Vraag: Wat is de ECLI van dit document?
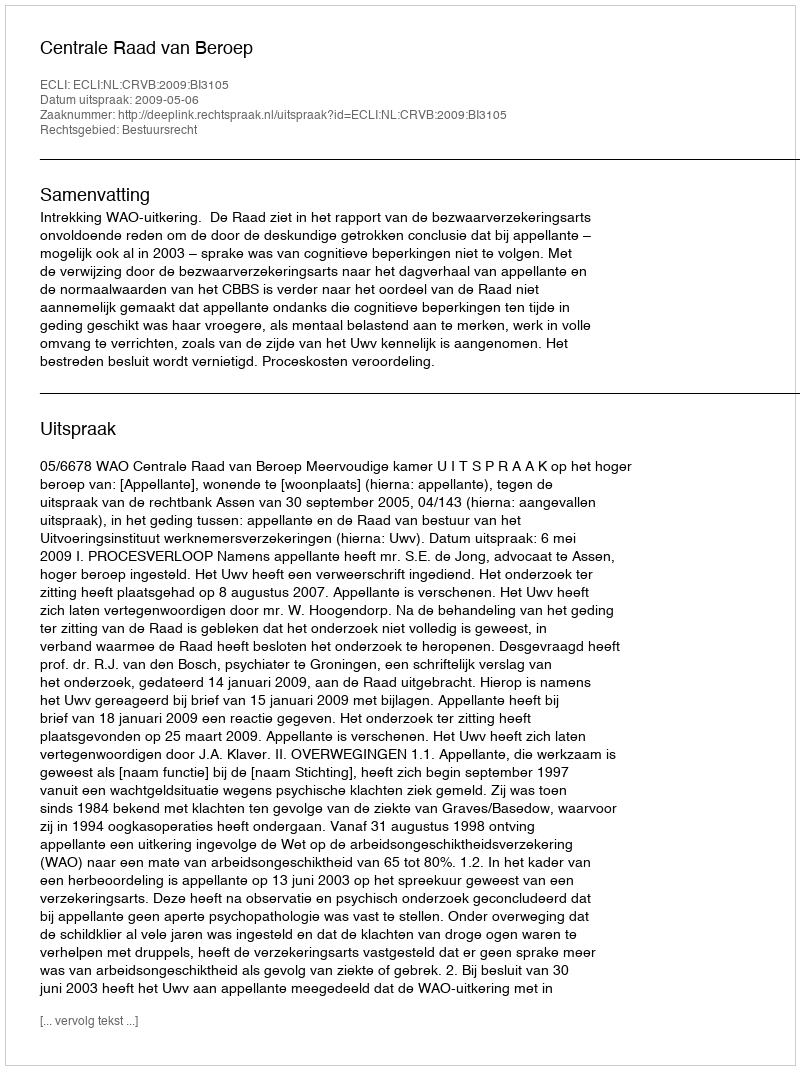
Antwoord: ECLI:NL:CRVB:2009:BI3105